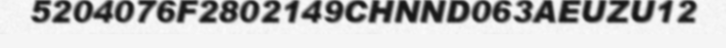
5204076F2802149CHNND063AEUZU12